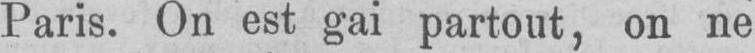
Paris. On est gai partout, on ne